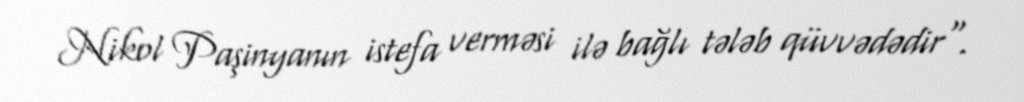
Nikol Paşinyanın istefa verməsi ilə bağlı tələb qüvvədədir".